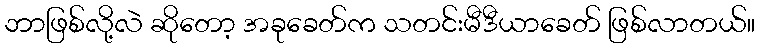
ဘာဖြစ်လို့လဲ ဆိုတော့ အခုခေတ်က သတင်းမီဒီယာခေတ် ဖြစ်လာတယ်။